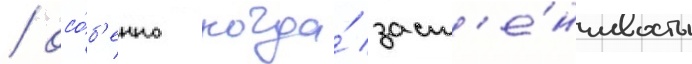
/ осо́б'енно когда́ заст'е́нчивость